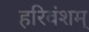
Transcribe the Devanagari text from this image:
हरिवंशम्